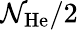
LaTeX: {\mathcal{N}}_{\mathrm{{He}}}/2